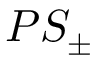
P S _ { \pm }